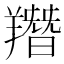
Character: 䍼